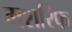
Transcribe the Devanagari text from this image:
मशरिफ